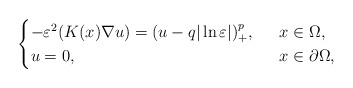
\begin{align*}\begin{cases}-\varepsilon^2(K(x)\nabla u)= (u-q|\ln\varepsilon|)^{p}_+,\ \ &x\in \Omega,\\u=0,\ \ &x\in\partial \Omega,\end{cases}\end{align*}